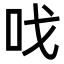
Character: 𠯫